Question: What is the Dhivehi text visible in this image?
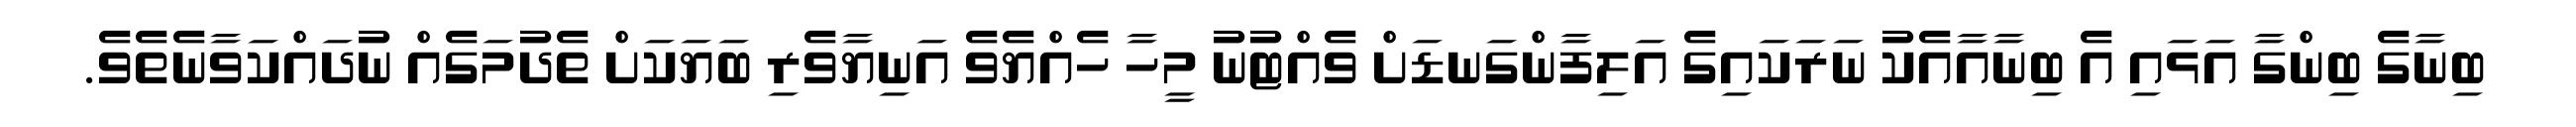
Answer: ބިނާގެ ބިންގާ އަޅައި އެ ބިނާއާއެކު ނަރަކައިގެ އަލިފާންގަނޑަށް ވެއްޓުނު މީހާ ހެއްޔެވެ އަނިޔާވެރި ބަޔަކަށް ތެދުމަގެއް ނުދައްކަވާނެތެވެ.